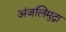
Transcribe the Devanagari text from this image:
अंजलिमुद्रा